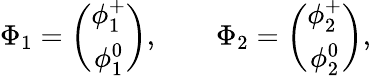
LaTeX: \Phi_{1}=\left(\begin{array}{c}{{\phi_{1}^{+}}}\\ {{\phi_{1}^{0}}}\end{array}\right),\qquad\Phi_{2}=\left(\begin{array}{c}{{\phi_{2}^{+}}}\\ {{\phi_{2}^{0}}}\end{array}\right),